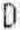
D